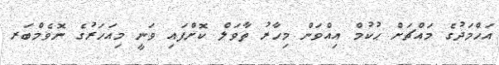
އަހްމަދުގެ މައްޗަށް ޙުކުމް އިއްވަން މިހާރު ތާވަލް ކޮށްފައި ވަނީ މިއަހަރުގެ ނޮވެމްބަރ